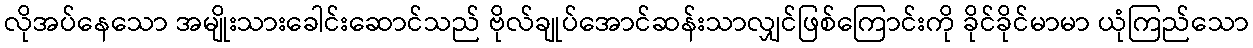
လိုအပ်နေသော အမျိုးသားခေါင်းဆောင်သည် ဗိုလ်ချုပ်အောင်ဆန်းသာလျှင်ဖြစ်ကြောင်းကို ခိုင်ခိုင်မာမာ ယုံကြည်သော